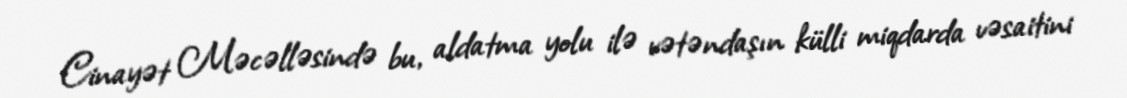
Cinayət Məcəlləsində bu, aldatma yolu ilə vətəndaşın külli miqdarda vəsaitini